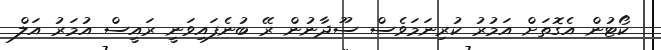
ކޯޓުން އެގޮތަށް އަމުރު ކުރިނަމަވެސް ސޫދާނުން ރޭ ބުނެފައިވަނީ ރައީސް އުމަރު އަލް